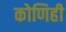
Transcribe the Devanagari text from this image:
कोणिही